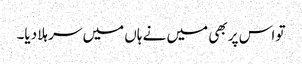
تو اس پر بھی میں نے ہاں میں سر ہلا دیا۔